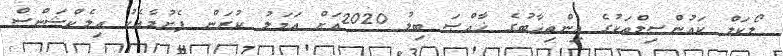
ލޯކަލް ކައުންސިލްތަކުގެ އިންތިޚާބުގެ ޚާއްޞަ ބިލު 2020އަށް ޢަމަލު ކުރަން ފެށުމާއެކު އިލެކްޝަންސް